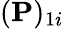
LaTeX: (\mathbf{P})_{1i}